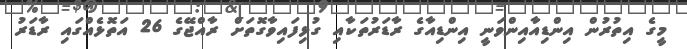
މީގެ އިތުރުން އިންޑިއާއިންވަނީ އިންޑިއާގެ ރާޑަރުތަކާއި ގުޅިފައިވާގޮތަށް ރާއްޖޭގެ 26 އަތޮޅެއްގައި ރާޑަރު